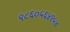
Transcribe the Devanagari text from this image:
९८६०५६४१५४